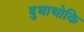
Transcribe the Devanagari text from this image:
बुधाथोकि